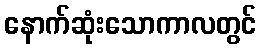
နောက်ဆုံးသောကာလတွင်